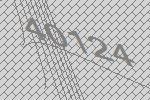
40124